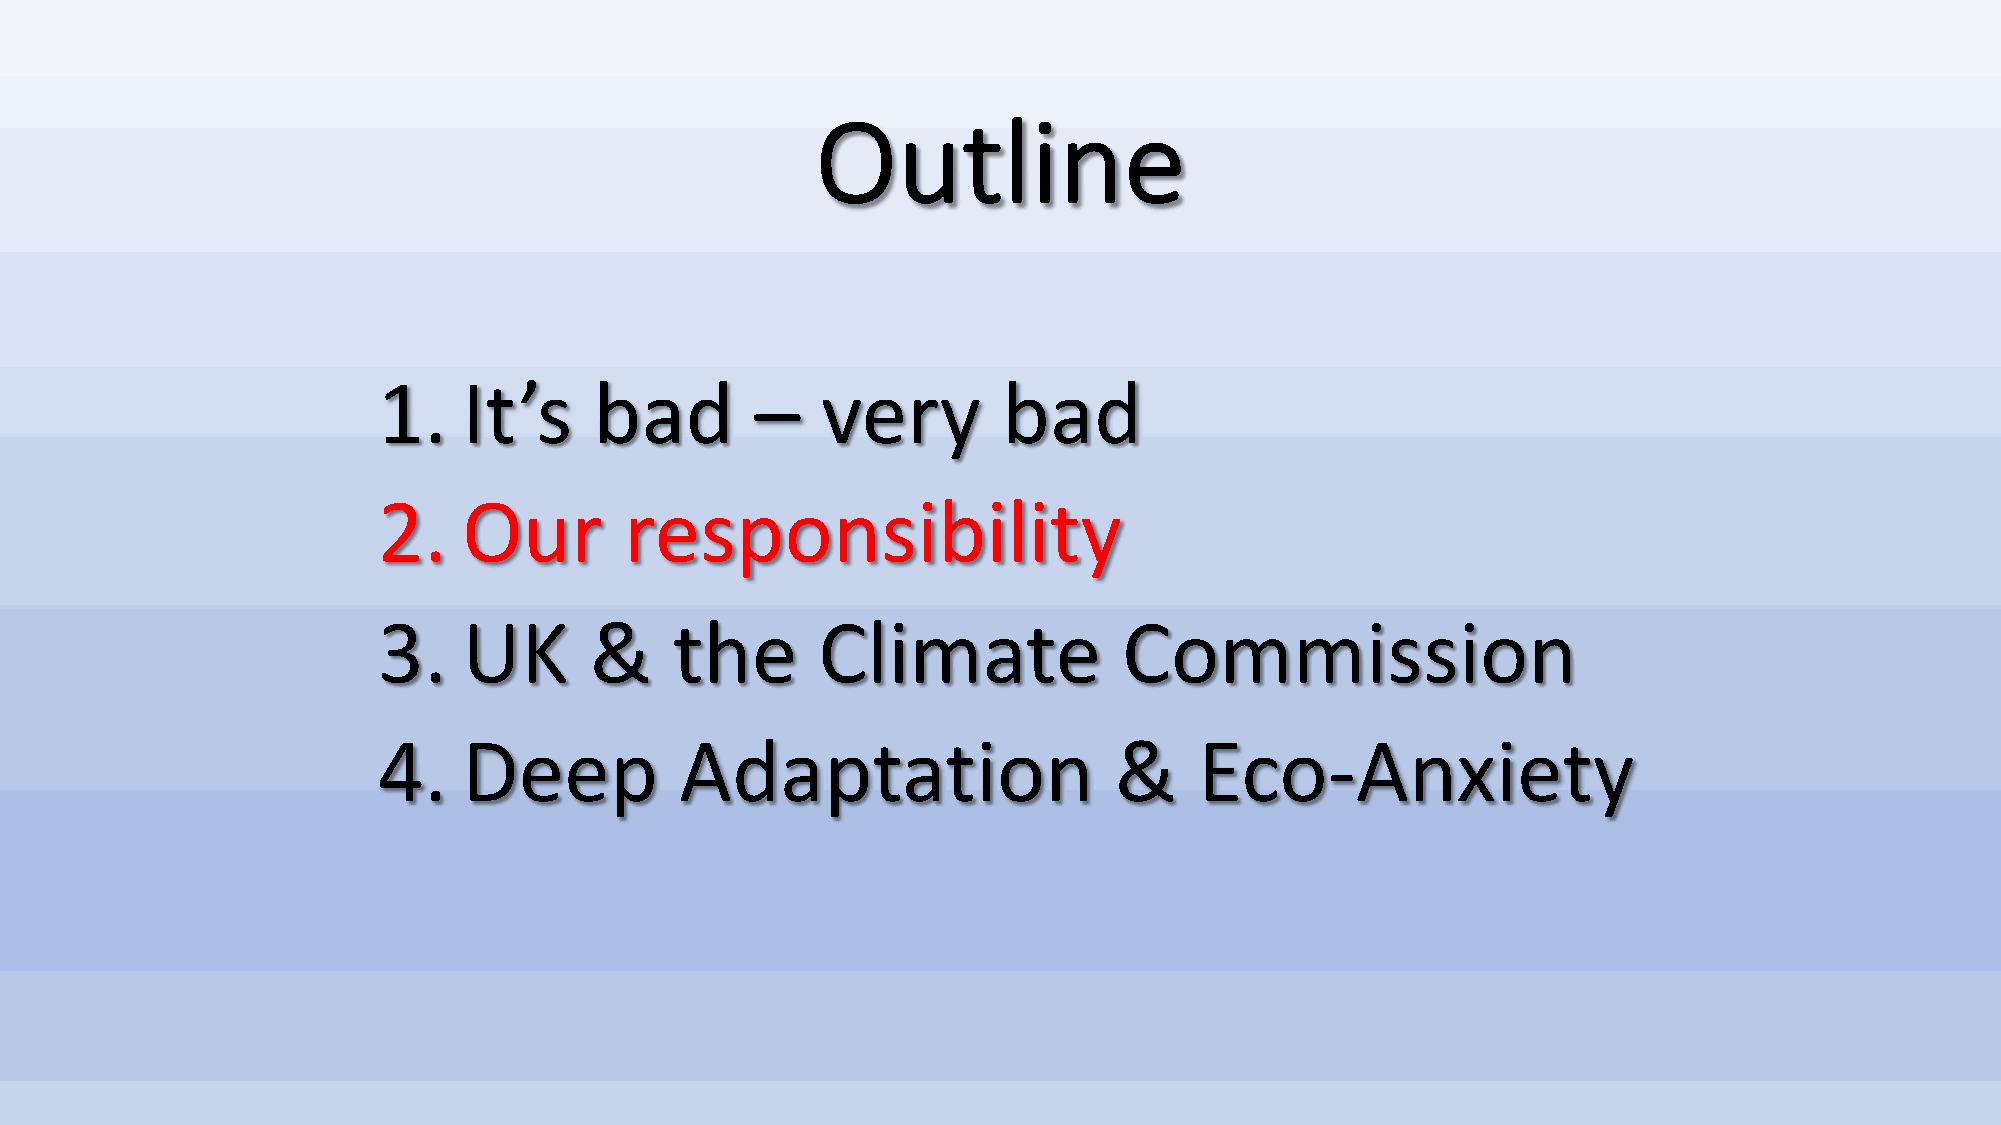
Outline
 1.    It’s    bad        –   very        bad
 2.    Our       responsibility
 3.    UK      &     the      Climate             Commission
 4.    Deep          Adaptation                   &    Eco-Anxiety